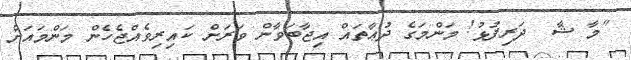
"މާ ޝާ  ދަރިފުޅު! މަންމަގެ ދުޢާތައް އިޖާބަވާން ވަރަށް ކައިރިވެއްޖެހެން މަންމައަށް